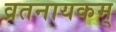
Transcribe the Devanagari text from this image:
व्रतनायकम्